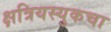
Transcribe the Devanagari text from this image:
क्षत्रियस्युकचा